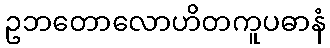
ဥဘတောလောဟိတကူပဓာနံ